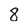
Character: 8